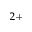
^ { 2 + }